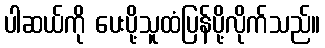
ပါဆယ်ကို ပေးပို့သူထံပြန်ပို့လိုက်သည်။